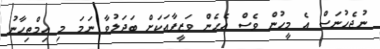
ނުޖެހުނަސް އެ މީހުން ވެސް އެހެން ވަޒީފާއަކަށް ބަދަލުވާ ނަމަ މި އިމްތިހާނު